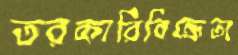
তরকারিবিক্রেতা